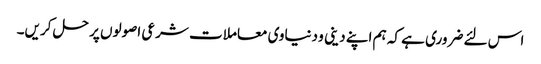
اس لئے ضروری ہے کہ ہم اپنے دینی و دنیاوی معاملات شرعی اصولوں پر حل کریں۔